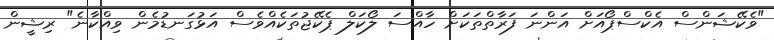
"ވެކޭޝަންސް އެކްސްޕޯއަށް އަންނަ ފަރާތްތަކަށް ހާއްސަ ލޯކަލް ޕެކޭޖުތަކެއްވެސް އަޅުގަނޑުމެން ވިއްކާނެ" ރިޝީން